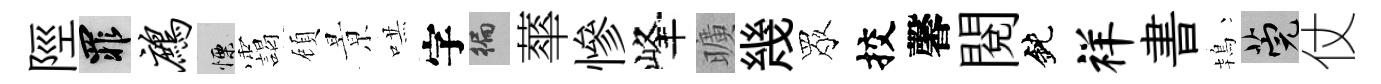
陘罪鹧慄靄頋㬌哄字徧蕐慘峰曠幾眾挍馨閱鈍祥書鴇筦仗